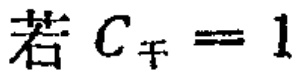
若 \(C_{n}^{k}=1\)